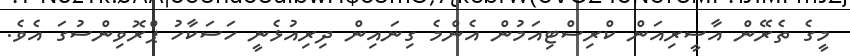
މީގެ ތެރޭން އާސީރިއަން ކްރިސްޓިއަމުން އެންމެ ގިނައިން ދިރިއުޅެނީ ހަސަކާހު ޕްްރޮވިންސުގަ އެވެ.